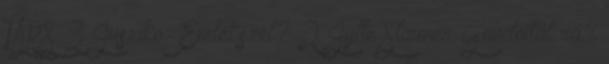
TÁRS 3 Jusziko: Emlékszel? 2 Jytte Stauner Gondoltál rá?